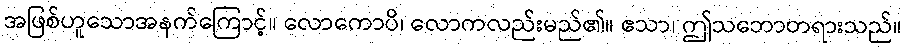
အဖြစ်ဟူသောအနက်ကြောင့်။ လောကောပိ၊ လောကလည်းမည်၏။ ဧသာ၊ ဤသဘောတရားသည်။